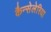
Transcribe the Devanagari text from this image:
कैन्सेलेरिया